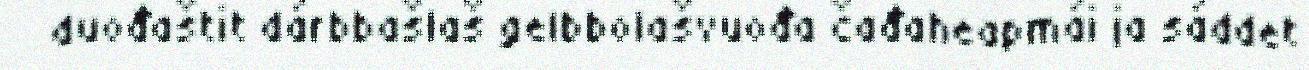
duođaštit dárbbašlaš gelbbolašvuođa čađaheapmái ja sáddet